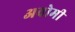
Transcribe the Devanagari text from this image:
अवोमी